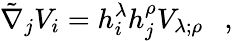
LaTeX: \tilde{\nabla}_{j}V_{i}=h_{i}^{\lambda}h_{j}^{\rho}V_{\lambda;\rho}~~~,